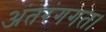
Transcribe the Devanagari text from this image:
अंतरंगगत।